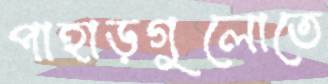
পাহাড়গুলোতে